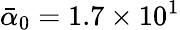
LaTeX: \bar{\alpha}_{0}=1.7\times 10^{1}